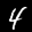
Label: 4